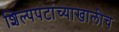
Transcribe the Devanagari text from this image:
शिल्पपटांच्याखालीच